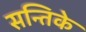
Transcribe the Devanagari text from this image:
सन्तिके